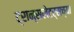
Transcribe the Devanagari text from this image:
ट्रान्सलेटर्सच्या